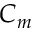
C _ { m }